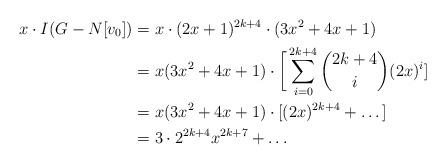
LaTeX: \begin{align*}x\cdot I(G-N[v_0]) &= x \cdot (2x+1)^{2k+4}\cdot(3x^2+4x+1)\\&= x(3x^2+4x+1) \cdot \bigg[\sum_{i=0}^{2k+4} \binom{2k+4}{i} (2x)^{i}]\\&= x(3x^2+4x+1) \cdot [(2x)^{2k+4}+\dots]\\&= 3\cdot2^{2 k + 4}x^{2 k + 7}+\dots\end{align*}